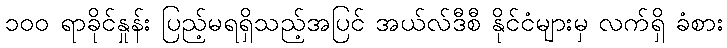
၁၀၀ ရာခိုင်နှုန်း ပြည့်မရရှိသည့်အပြင် အယ်လ်ဒီစီ နိုင်ငံများမှ လက်ရှိ ခံစား